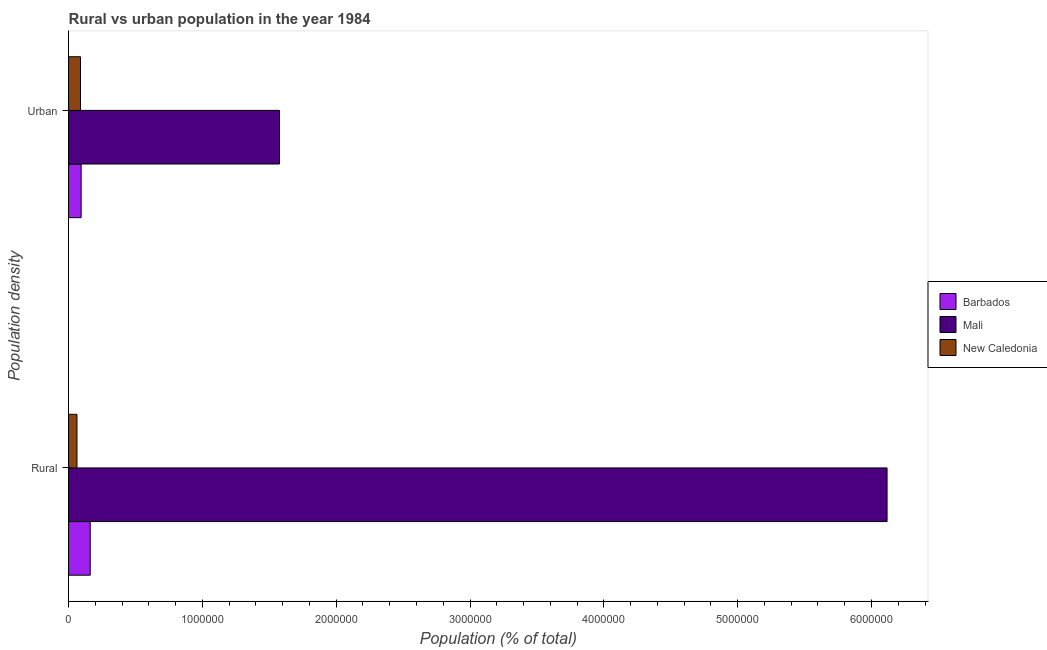
| Population density | Barbados | Mali | New Caledonia |
 | --- | --- | --- | --- |
 | Rural | 1.62e+05 | 6.12e+06 | 6.27e+04 |
 | Urban | 9.36e+04 | 1.58e+06 | 8.9e+04 |